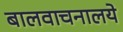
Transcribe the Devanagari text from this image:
बालवाचनालये